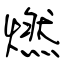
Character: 燃